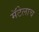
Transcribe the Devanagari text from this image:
मॅटेलाच